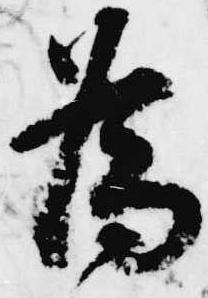
為